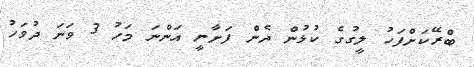
ބްރޭކަށްފަހު ލީގުގެ ކުޅުން ދެން ފަށާނީ އަންނަ މަހު 3 ވަނަ ދުވަހު